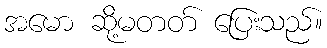
အမော ဆို့မတတ် ပြေးသည်။